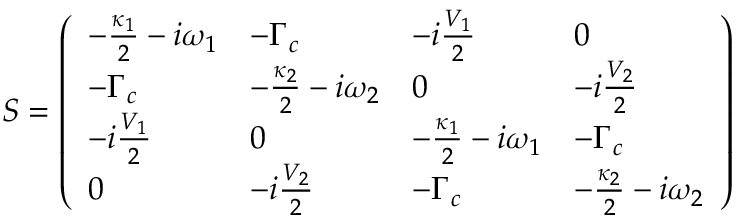
S = \left( \begin{array} { l l l l } { - \frac { \kappa _ { 1 } } { 2 } - i \omega _ { 1 } } & { - \Gamma _ { c } } & { - i \frac { V _ { 1 } } { 2 } } & { 0 } \\ { - \Gamma _ { c } } & { - \frac { \kappa _ { 2 } } { 2 } - i \omega _ { 2 } } & { 0 } & { - i \frac { V _ { 2 } } { 2 } } \\ { - i \frac { V _ { 1 } } { 2 } } & { 0 } & { - \frac { \kappa _ { 1 } } { 2 } - i \omega _ { 1 } } & { - \Gamma _ { c } } \\ { 0 } & { - i \frac { V _ { 2 } } { 2 } } & { - \Gamma _ { c } } & { - \frac { \kappa _ { 2 } } { 2 } - i \omega _ { 2 } } \end{array} \right)